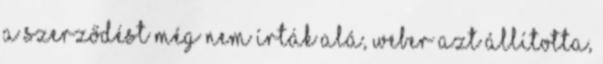
a szerződést még nem írták alá, Weber azt állította,